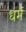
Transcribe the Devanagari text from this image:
ध्‍ार्म